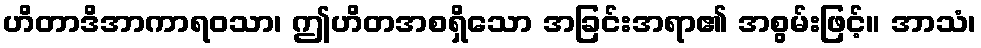
ဟိတာဒိအာကာရဝသာ၊ ဤဟိတအစရှိသော အခြင်းအရာ၏ အစွမ်းဖြင့်။ အာသံ၊